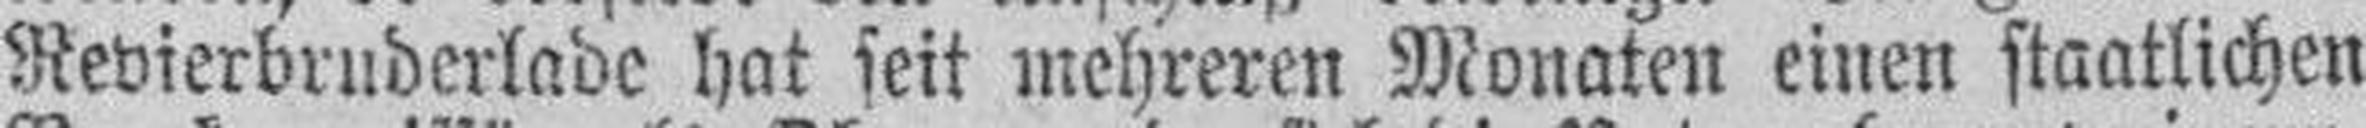
Revierbruderlade hat seit mehreren Monaten einen staatlichen